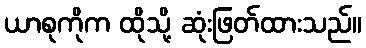
ယာစုကိုက ထိုသို့ ဆုံးဖြတ်ထားသည်။